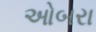
ઓબરા